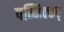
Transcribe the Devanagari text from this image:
पन्निक्कर्